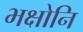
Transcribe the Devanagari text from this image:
भक्षोनि